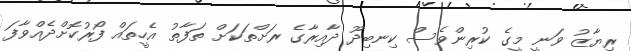
ރިޔާޒު ވަނީ މީގެ ކުރިންވެސް ކިނބިދޫ ދާއިރާގެ ރަށްތަކަށް ތަފާތު އެހީތައް ފޯރުކޮށްދެއްވާފަ